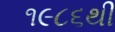
૧૯૮૬થી